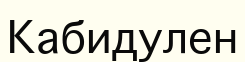
Кабидулен